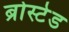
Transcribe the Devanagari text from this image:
ब्रोस्टेड